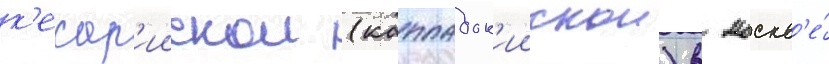
к'есар'иискои (каппадок'иискои) в москв'е́